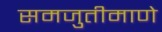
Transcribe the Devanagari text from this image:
समजुतीमाणे